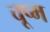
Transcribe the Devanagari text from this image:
चूष्म